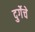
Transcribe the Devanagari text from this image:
दुर्गेचे